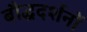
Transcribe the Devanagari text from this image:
बौद्धदर्शनों